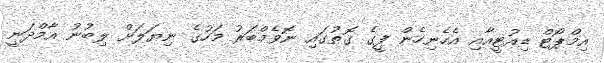
އިމްޕޯޓް ޑިއުޓީއާއި އެހެނިހެން ފީގެ ގޮތުގައި ނޮވެމްބަރު މަހުގެ ނިޔަލަށް ލިބުނު އާމްދަނީ